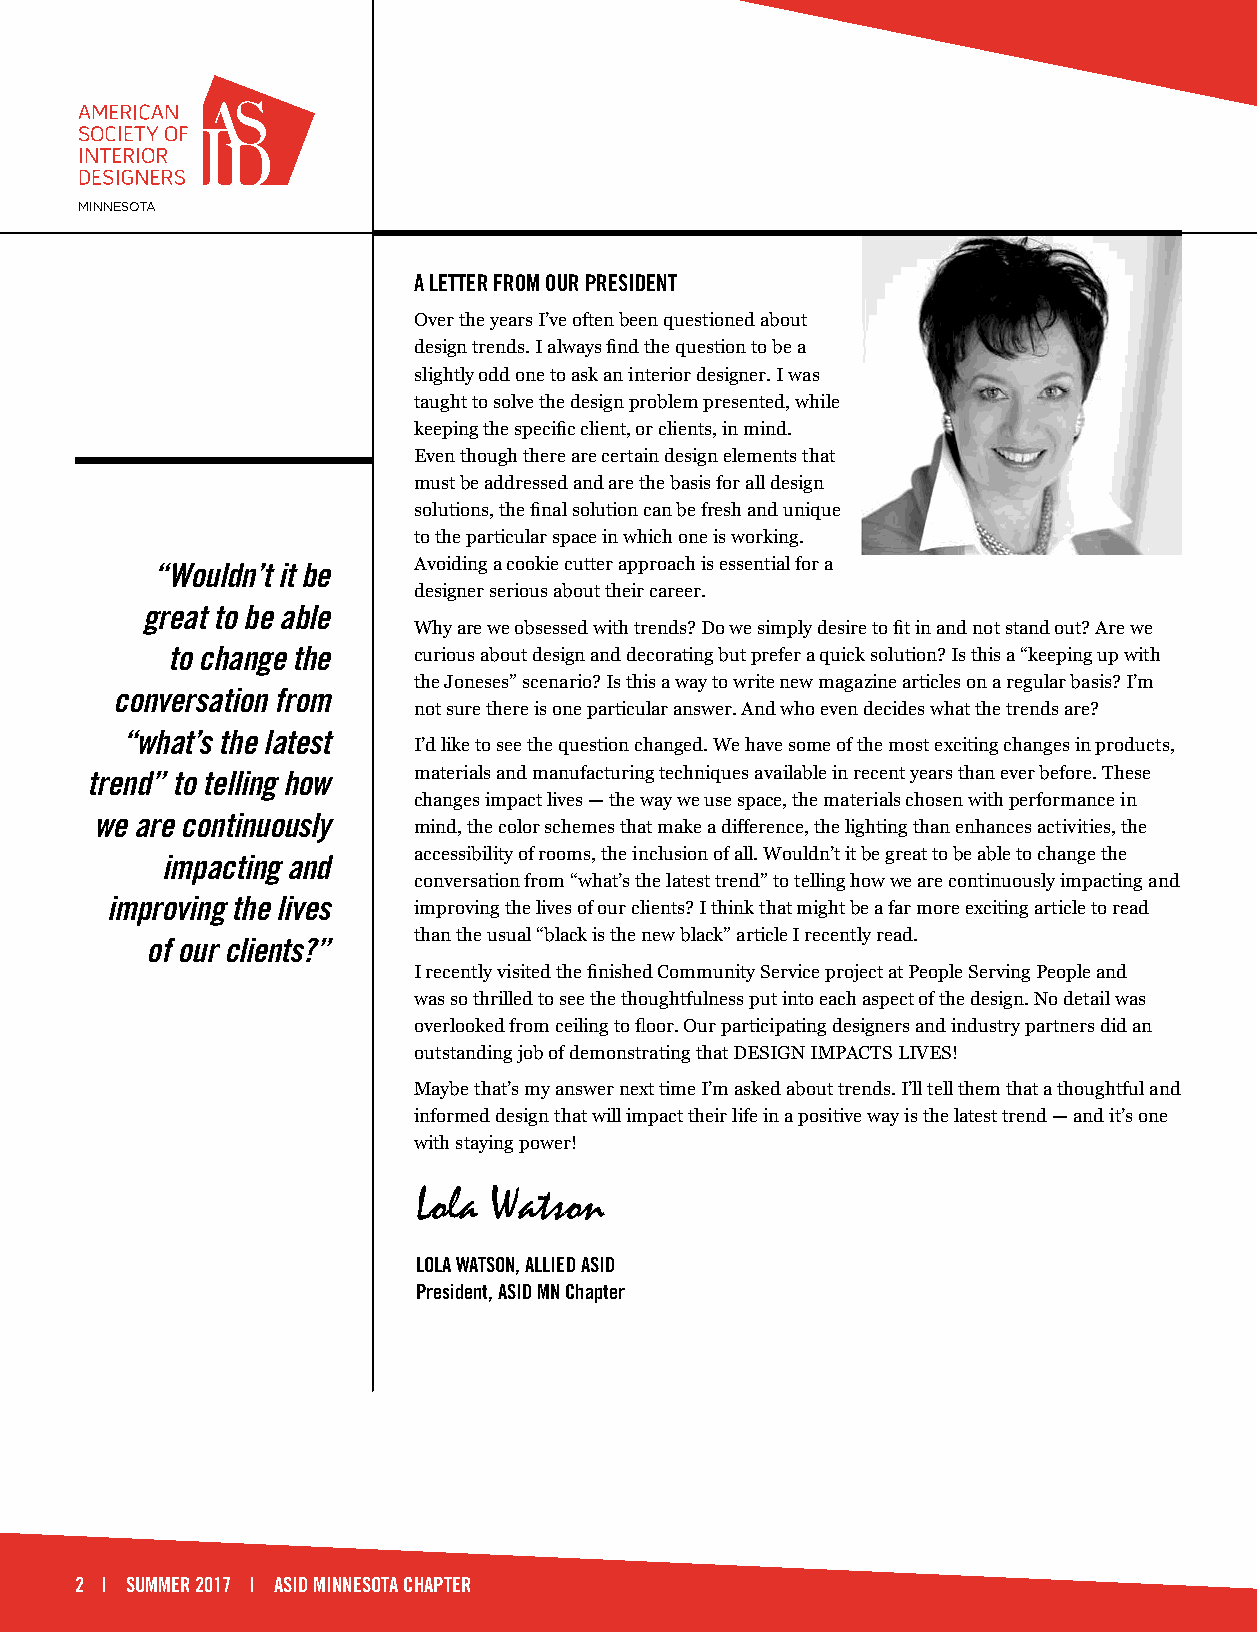
MINNESOTA
 A LETTER FROM OUR PRESIDENT
 Over the years I’ve often been questioned about
 design trends. I always find the question to be a
 slightly odd one to ask an interior designer. I was
 taught to solve the design problem presented, while
 keeping the specific client, or clients, in mind.
 Even though there are certain design elements that
 must be addressed and are the basis for all design
 solutions, the final solution can be fresh and unique
 to the particular space in which one is working.
 “Wouldn’t it be  Avoiding a cookie cutter approach is essential for a
 designer serious about their career.
 great to be able
 Why are we obsessed with trends? Do we simply desire to fit in and not stand out? Are we
 to change the   curious about design and decorating but prefer a quick solution? Is this a “keeping up with
 the Joneses” scenario? Is this a way to write new magazine articles on a regular basis? I’m
 conversation from
 not sure there is one particular answer. And who even decides what the trends are?
 “what’s the latest
 I’d like to see the question changed. We have some of the most exciting changes in products,
 trend” to telling how materials and manufacturing techniques available in recent years than ever before. These
 changes impact lives — the way we use space, the materials chosen with performance in
 we are continuously
 mind, the color schemes that make a difference, the lighting than enhances activities, the
 accessibility of rooms, the inclusion of all. Wouldn’t it be great to be able to change the
 impacting and
 conversation from “what’s the latest trend” to telling how we are continuously impacting and
 improving the lives improving the lives of our clients? I think that might be a far more exciting article to read
 than the usual “black is the new black” article I recently read.
 of our clients?”
 I recently visited the finished Community Service project at People Serving People and
 was so thrilled to see the thoughtfulness put into each aspect of the design. No detail was
 overlooked from ceiling to floor. Our participating designers and industry partners did an
 outstanding job of demonstrating that DESIGN IMPACTS LIVES!
 Maybe that’s my answer next time I’m asked about trends. I’ll tell them that a thoughtful and
 informed design that will impact their life in a positive way is the latest trend — and it’s one
 with staying power!
 Lola Watson
 LOLA WATSON, ALLIED ASID
 President, ASID MN Chapter
 2 | SUMMER 2017 | ASID MINNESOTA CHAPTER